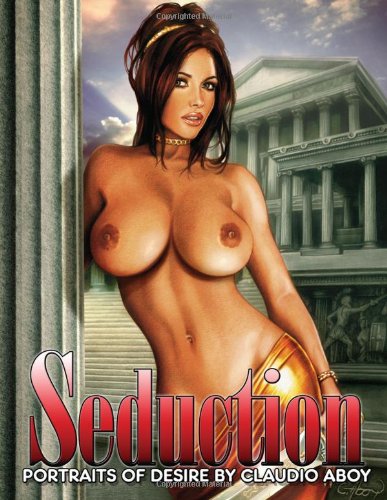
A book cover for Seduction: Portraits of Desire by Claudio Aboy; Claudio Aboy; Comics & Graphic Novels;